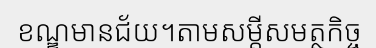
ខណ្ឌមានជ័យ។តាមសម្តីសមត្ថកិច្ច